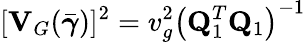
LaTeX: [{\mathbf V}_{G}(\bar{\boldsymbol{\gamma}})]^{2}=v_{g}^{2}\left({\mathbf Q}_{1}^{T}{\mathbf Q}_{1}\right)^{-1}